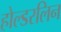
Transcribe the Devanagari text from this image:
होल्डरलिन